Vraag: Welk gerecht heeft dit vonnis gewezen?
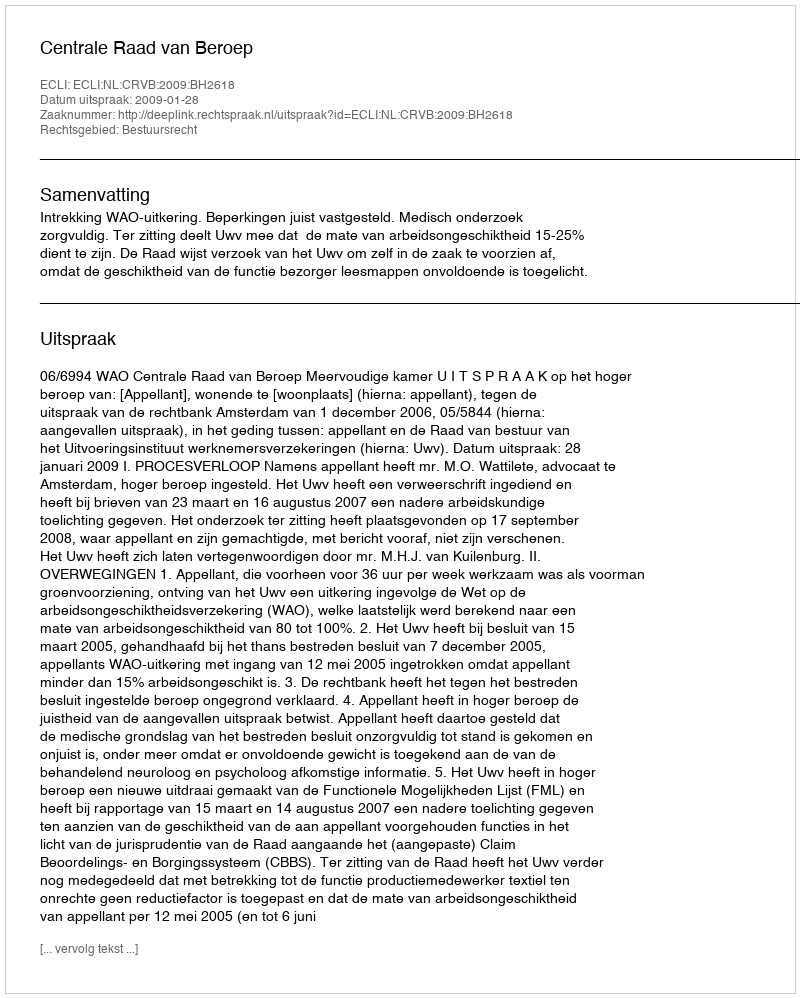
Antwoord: Centrale Raad van Beroep